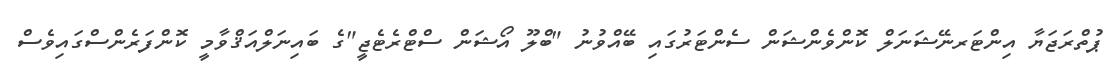
ޕުތްރަޖަޔާ އިންޓަރނޭޝަނަލް ކޮންވެންޝަން ސެންޓަރުގައި ބޭއްވުނު "ބްލޫ އޯޝަން ސްޓްރެޓެޖީ"ގެ ބައިނަލްއަޤްވާމީ ކޮންފަރެންސްގައިވެސް